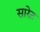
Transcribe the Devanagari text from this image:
सारेट